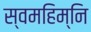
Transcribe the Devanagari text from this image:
स्वमहिम्नि